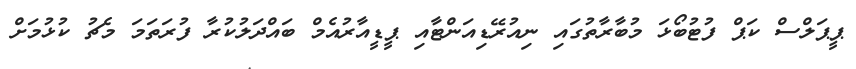
ޕީޕަލްސް ކަޕް ފުޓުބޯޅަ މުބާރާތުގައި ނިއުރޭޑިއަންޓާއި ޕީޑީއާރުއެމް ބައްދަލުކުރާ ފުރަތަމަ މެޗު ކުޅުމަށް